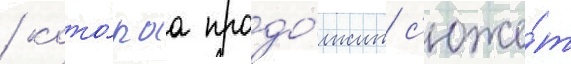
/ кото́раа продо́лжит с'юже́т